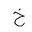
Letter: _kha